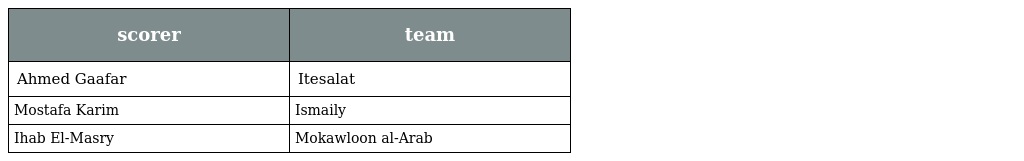
| scorer | team |
 | --- | --- |
 | Ahmed Gaafar | Itesalat |
 | Mostafa Karim | Ismaily |
 | Ihab El-Masry | Mokawloon al-Arab |